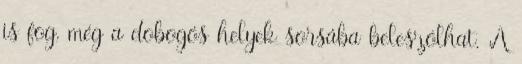
is fog, még a dobogós helyek sorsába beleszólhat. A